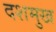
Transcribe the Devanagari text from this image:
दशमुख